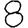
Digit: 8